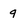
Character: 9